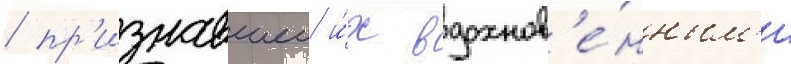
/ пр'изнавшеи и́х вдохнов'е́нным'и